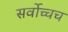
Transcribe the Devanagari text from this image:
सर्वोच्चच